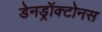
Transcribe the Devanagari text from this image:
डेनड्रॉक्टोनस